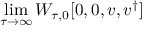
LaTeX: \operatorname * { l i m } _ { \tau \rightarrow \infty } W _ { \tau , 0 } [ 0 , 0 , { v } , { v } ^ { \dagger } ]